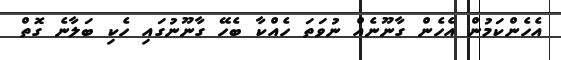
އެހެންކަމުން އެހެން ގާނޫނެއް ނުވަތަ ހެއްކާ ބެހޭ ގާނޫނުގައި ހެކި ބަލާނެ ގޮތް